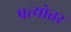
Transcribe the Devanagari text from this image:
प्रत्योत्तर